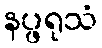
နပ္ဖရုသံ